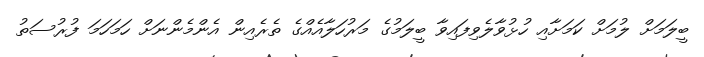
ބީލަމަށް ލުމަށް ކަމަށާއި ހުޅުވާލެވިފައިވާ ބީލަމުގެ މަރުހަލާއެއްގެ ތެރެއިން އެންމެންނަށް ހަމަހަމަ ފުރުސަތު